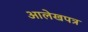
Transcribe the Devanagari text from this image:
आलेखपत्र